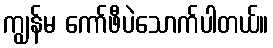
ကျွန်မ ကော်ဖီပဲသောက်ပါတယ်။